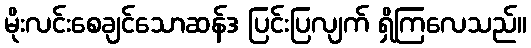
မိုးလင်းစေချင်သောဆန်ဒ ပြင်းပြလျက် ရှိကြလေသည်။